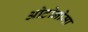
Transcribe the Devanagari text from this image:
ओटोनोमा